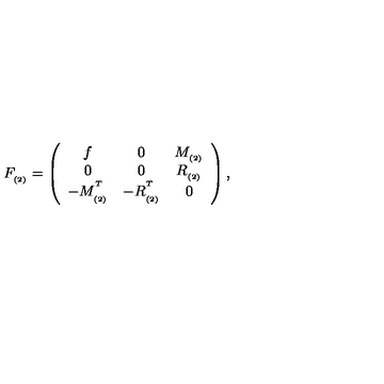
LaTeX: F _ { _ { ( 2 ) } } = \left( \begin{array} { c c c } { f } & { 0 } & { M _ { _ { ( 2 ) } } } \\ { 0 } & { 0 } & { R _ { _ { ( 2 ) } } } \\ { - M _ { _ { ( 2 ) } } ^ { ^ T } } & { - R _ { _ { ( 2 ) } } ^ { ^ T } } & { 0 } \\ \end{array} \right) ,